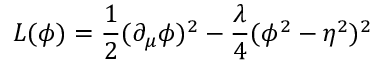
L ( \phi ) = { \frac { 1 } { 2 } } ( \partial _ { \mu } \phi ) ^ { 2 } - { \frac { \lambda } { 4 } } ( \phi ^ { 2 } - \eta ^ { 2 } ) ^ { 2 }